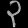
Digit: ၃